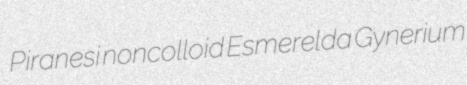
Piranesi noncolloid Esmerelda Gynerium